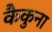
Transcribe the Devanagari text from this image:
कैकुना